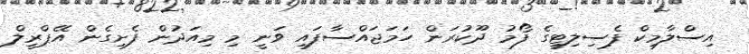
އިސްލާމިކް ފެސިލިޓީގެ ފޯމު ދޫކުރަން ހަމަޖައްސާފައި ވަނީ މި މިއަދުން ފެށިގެން އޭޕްރީލް